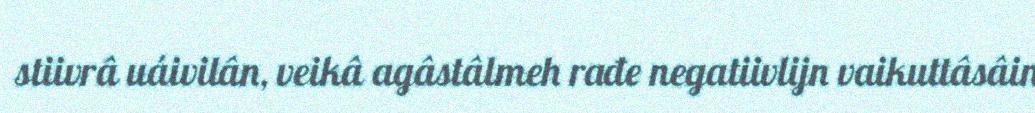
stiivrâ uáivilân, veikâ agâstâlmeh rađe negatiivlijn vaikuttâsâin